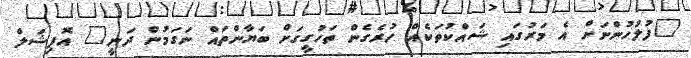
"ފުލުހުންނަށް އެ މަރުގައި ޝައްކުތަކެއް ހުރެގެން ތަހުގީގަށް ބަޔާންތައް ނަގަމުން ދަނީ" އޮފިޝަލް